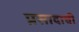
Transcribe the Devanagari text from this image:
प्रसादाची